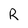
Character: R